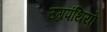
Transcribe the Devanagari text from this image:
उग्रपंथियों